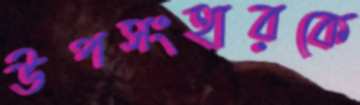
উপসংহারকে